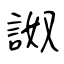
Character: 詉